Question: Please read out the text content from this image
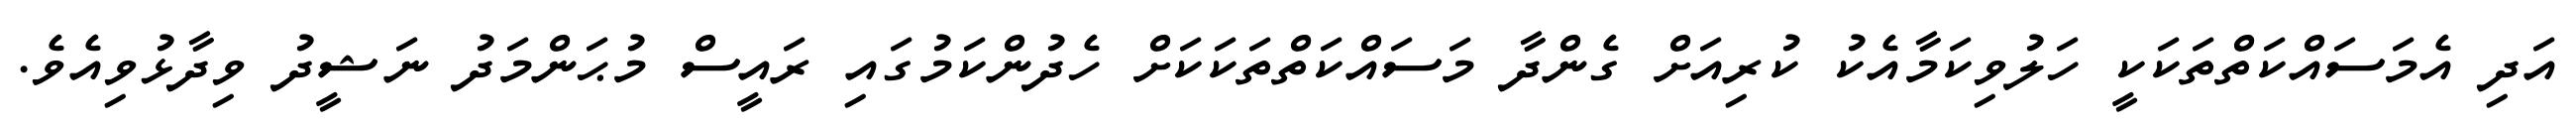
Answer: އަދި އެމަސައްކަތްތަކަކީ ހަލުވިކަމާއެކު ކުރިއަށް ގެންދާ މަސައްކަތްތަކަކަށް ހެދުންކަމުގައި ރައީސް މުޙަންމަދު ނަޝީދު ވިދާޅުވިއެވެ.